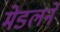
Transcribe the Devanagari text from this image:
मेडलने